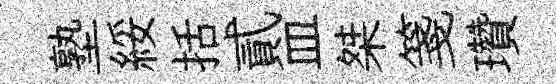
塾綏括貳皿桀箋瓚